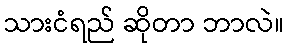
သားငံရည် ဆိုတာ ဘာလဲ။